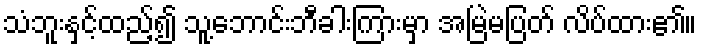
သံဘူးနှင့်ထည့်၍ သူ့ဘောင်းဘီခါးကြားမှာ အမြဲမပြတ် လိပ်ထား၏။